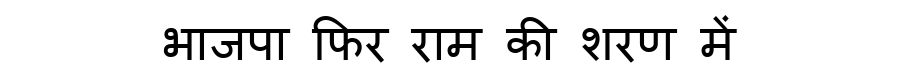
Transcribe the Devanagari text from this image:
भाजपा फिर राम की शरण में